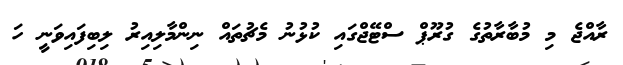
ރާއްޖެ މި މުބާރާތުގެ ގުރޫޕް ސްޓޭޖްގައި ކުޅުނު މެޗުތައް ނިންމާލިއިރު ލިބިފައިވަނީ ހަ